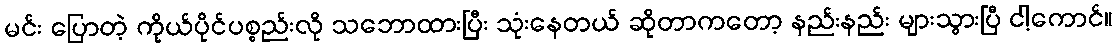
မင်း ပြောတဲ့ ကိုယ်ပိုင်ပစ္စည်းလို သဘောထားပြီး သုံးနေတယ် ဆိုတာကတော့ နည်းနည်း များသွားပြီ ငါ့ကောင်။